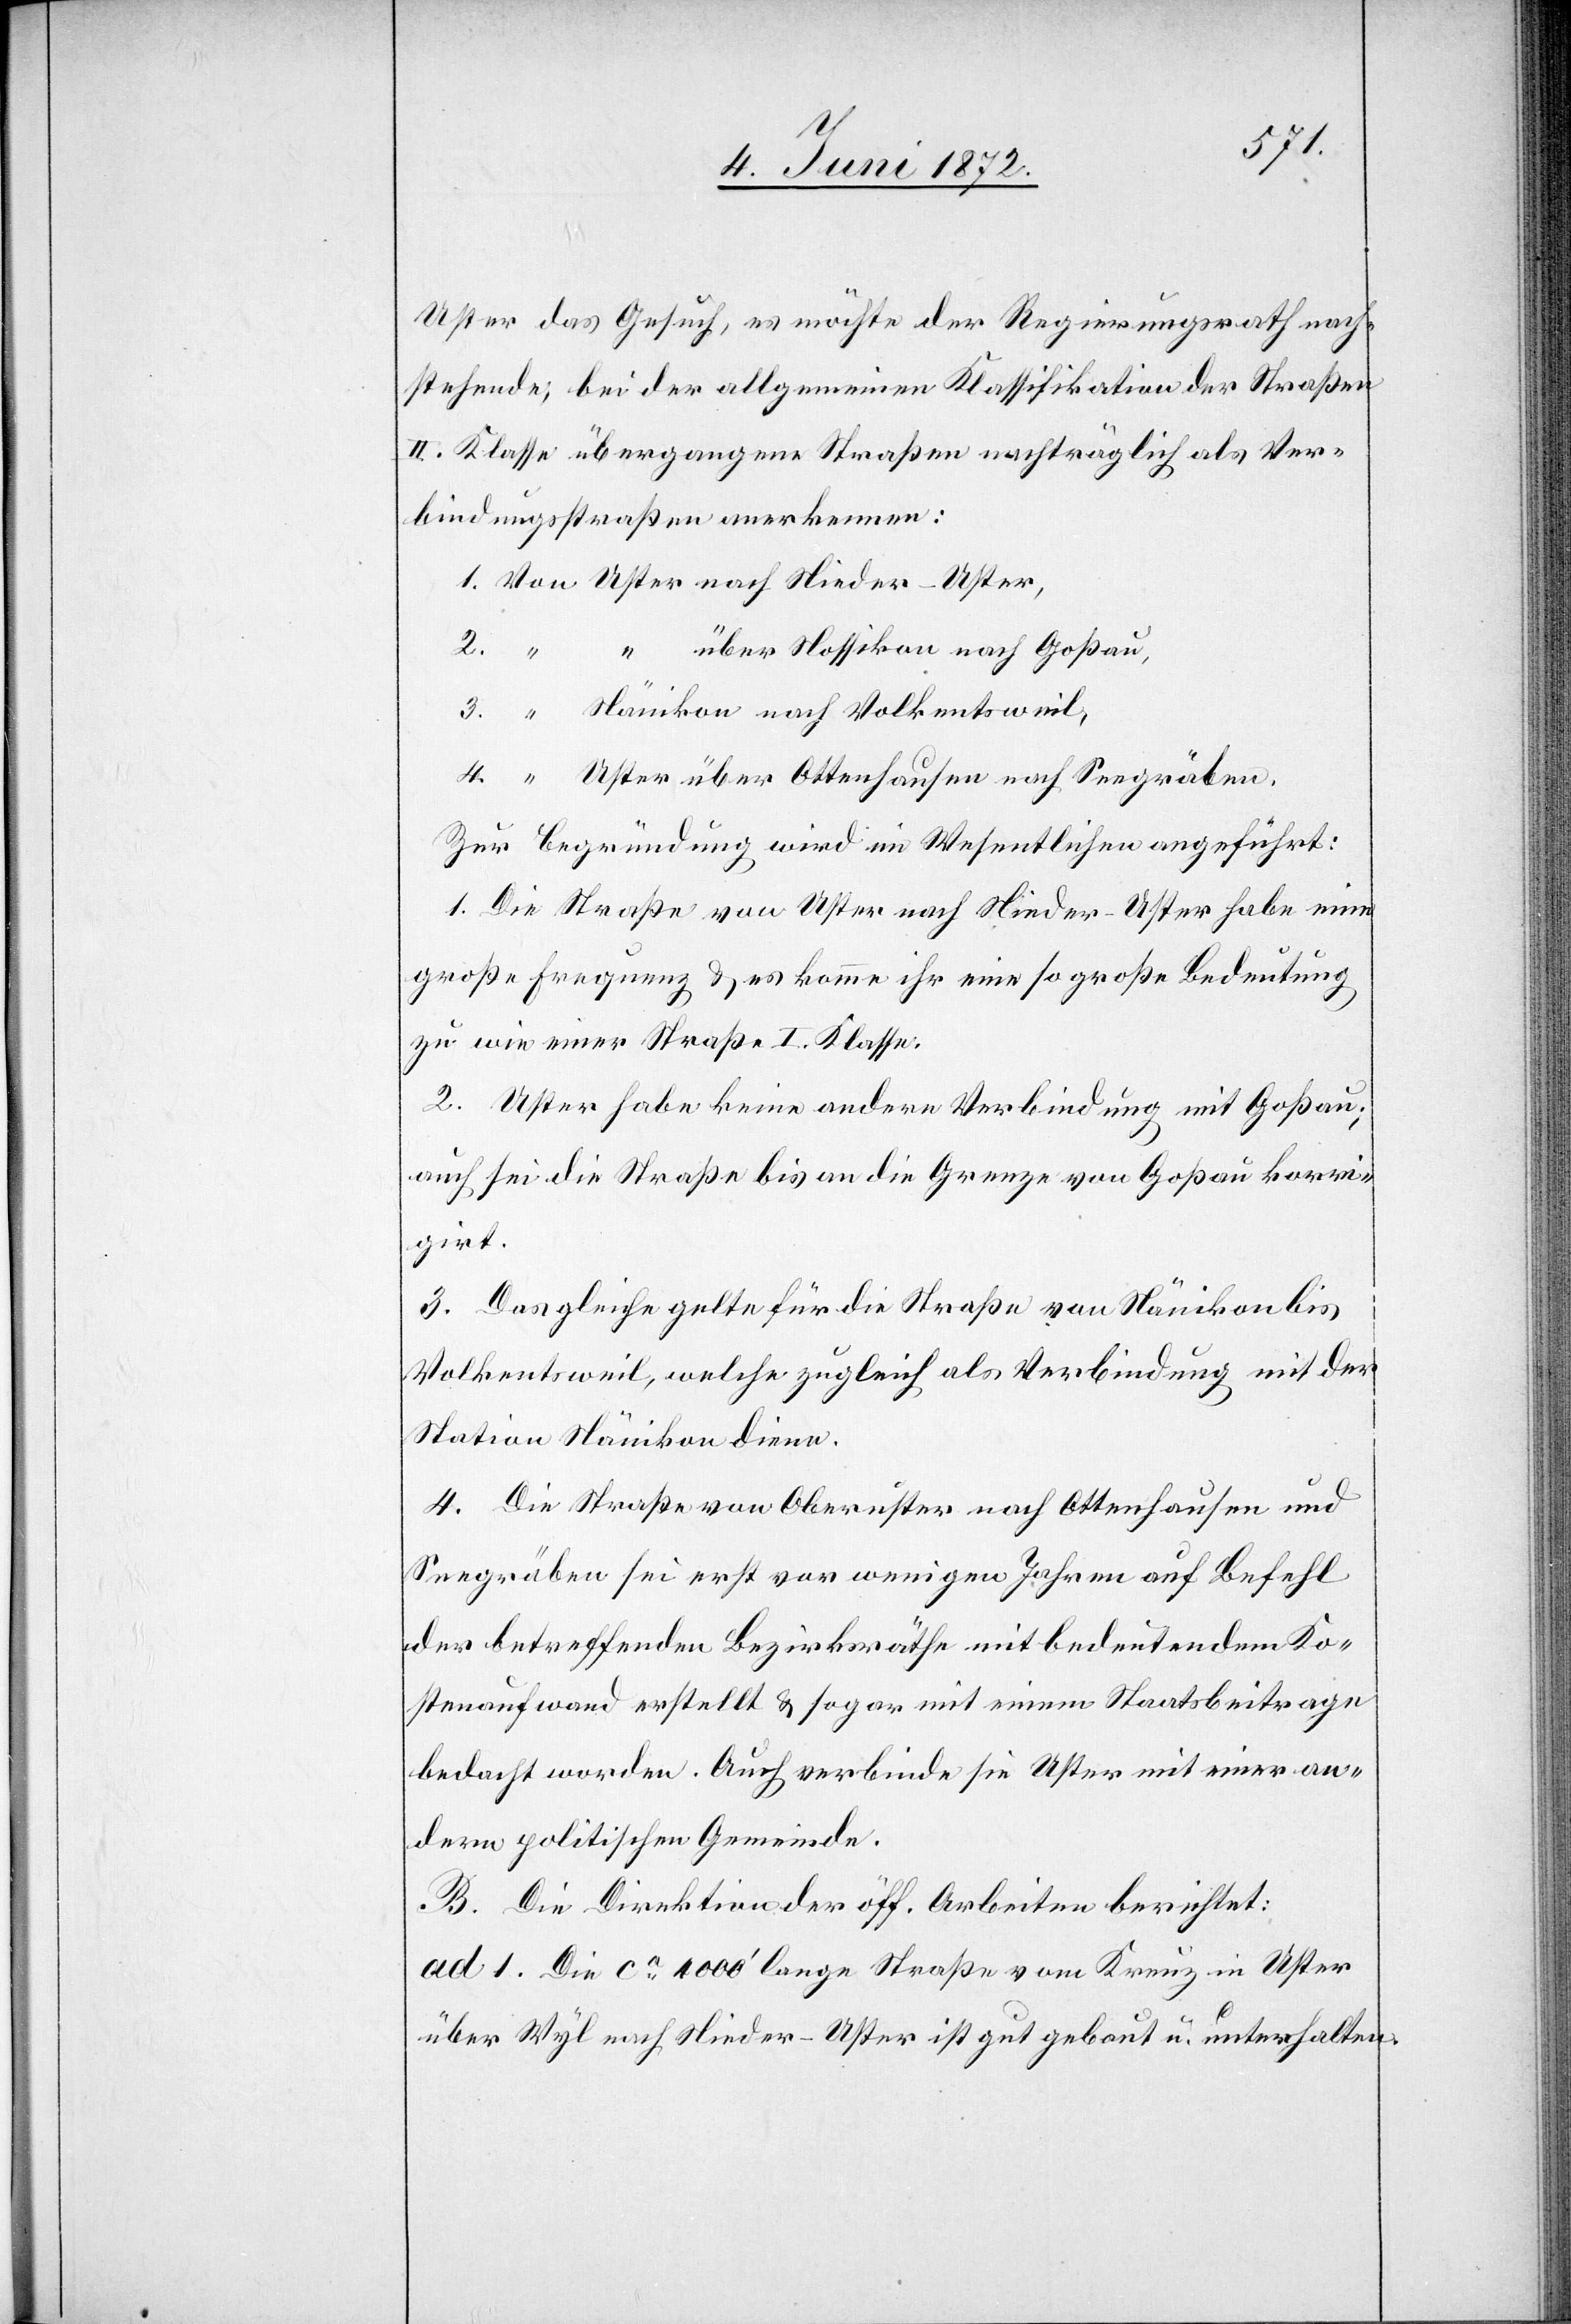
Uster das Gesuch, es möchte der Regierungsrath nach¬
stehende, bei der allgemeinen Klassifikation der Straßen
II. Klasse übergangene Straßen nachträglich als Ver¬
bindungsstraßen anerkennen:
über Nossikon nach Goßau,
3.
Nänikon nach Volkentsweil,
Uster über Ottenhausen nach Seegräben.
Zur Begründung wird im Wesentlichen angeführt:
1. Die Straße von Uster nach Nieder-Uster habe eine
große Frequenz u. es komme ihr eine so große Bedeutung
zu wie einer Straße I. Klasse.
2. Uster habe keine andere Verbindung mit Goßau;
auch sei die Straße bis an die Grenze von Goßau korri¬
girt.
3. Das gleiche gelte für die Straße von Nänikon bis
Volkentsweil, welche zugleich als Verbindung mit der
Station Nänikon diene.
4. Die Straße von Oberuster nach Ottenhausen und
Seegräben sei erst vor wenigen Jahren auf Befehl
der betreffenden Bezirksräthe mit bedeutendem Ko¬
stenaufwand erstellt u. sogar mit einem Staatsbeitrage
bedacht worden. Auch verbinde sie Uster mit einer an¬
dern politischen Gemeinde.
B. Die Direktion der öff. Arbeiten berichtet:
ad. 1. Die ca 4000’ lange Straße vom Kreuz in Uster
über Wyl nach Nieder-Uster ist gut gebaut u. unterhalten.